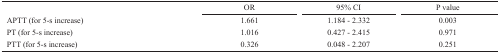
<table><thead><tr><td>[EMPTY_CELL]</td><td><b>OR</b></td><td><b>95% CI</b></td><td><b>P value</b></td></tr></thead><tbody><tr><td>APTT (for 5-s increase)</td><td>1.661</td><td>1.184 - 2.332</td><td>0.003</td></tr><tr><td>PT (for 5-s increase)</td><td>1.016</td><td>0.427 - 2.415</td><td>0.971</td></tr><tr><td>PTT (for 5-s increase)</td><td>0.326</td><td>0.048 - 2.207</td><td>0.251</td></tr></tbody></table>